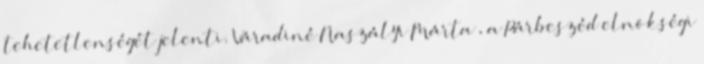
tehetetlenségét jelenti. Váradiné Naszályi Márta , a Párbeszéd elnökségi